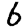
Digit: 6